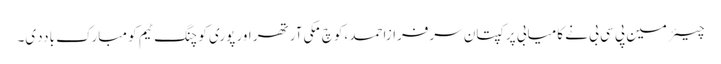
چیئرمین پی سی بی نے کامیابی پر کپتان سرفرازاحمد ،کوچ مکی آرتھر اور پوری کوچنگ ٹیم کو مبارک باددی۔